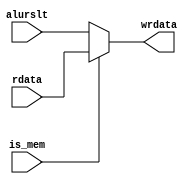
module wb_stage(
				input wire 		   is_mem,
				input wire [31:0]  rdata,
				input wire [31:0]  alurslt,
				output wire [31:0] wrdata);

   
	assign wrdata = (is_mem) ? rdata : alurslt;

endmodule